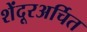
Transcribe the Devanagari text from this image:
शेंदूरअर्चित